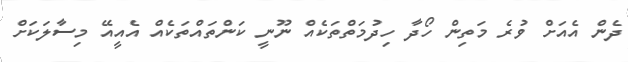
ދެން އެއަށް ވުރެ މަތިން ހޯދާ ހިދުމަތްތަކެއް ނޫނީ ކަންތައްތަކެއް އެއީއޭ މިސާލަކަށް